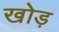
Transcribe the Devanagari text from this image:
खोड़